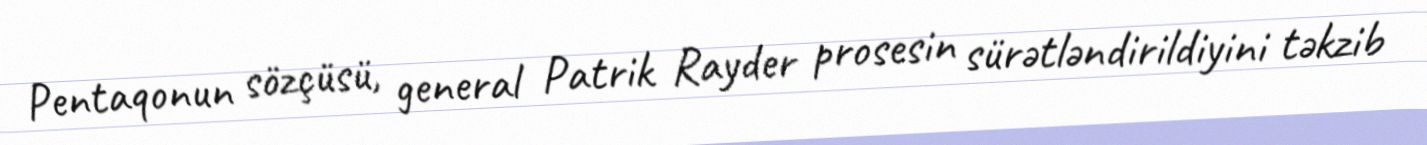
Pentaqonun sözçüsü, general Patrik Rayder prosesin sürətləndirildiyini təkzib